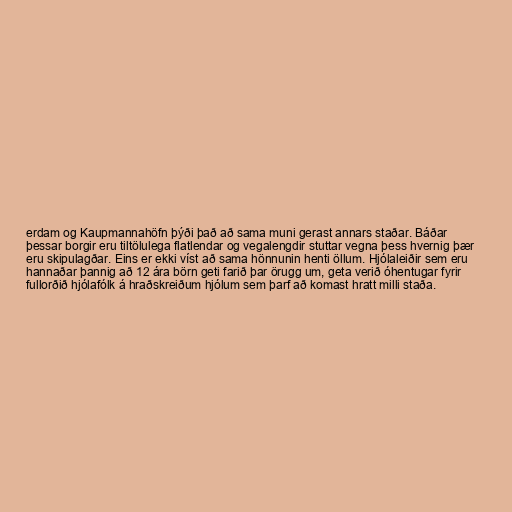
erdam og Kaupmannahöfn þýði það að sama muni gerast annars staðar. Báðar
þessar borgir eru tiltölulega flatlendar og vegalengdir stuttar vegna þess hvernig þær
eru skipulagðar. Eins er ekki víst að sama hönnunin henti öllum. Hjólaleiðir sem eru
hannaðar þannig að 12 ára börn geti farið þar örugg um, geta verið óhentugar fyrir
fullorðið hjólafólk á hraðskreiðum hjólum sem þarf að komast hratt milli staða.